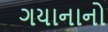
ગયાનાનો